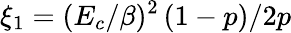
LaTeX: \xi_{1}=(E_{c}/\beta)^{2}\, (1-p)/2p